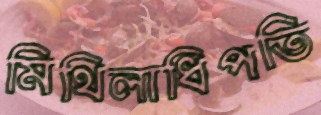
মিথিলাধিপতি